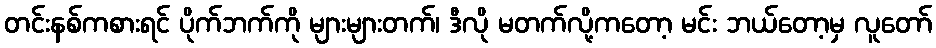
တင်းနစ်ကစားရင် ပိုက်ဘက်ကို များများတက်၊ ဒီလို မတက်လို့ကတော့ မင်း ဘယ်တော့မှ လူတော်